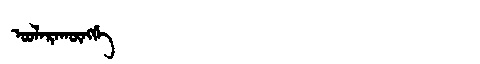
Manchu: ᠣᠣᠯᠠᡵᠠᡴᡡᠩᡤᡝ
Romanization: OOLARAKŪNGGE